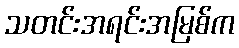
သတင်းအရင်းအမြစ်က